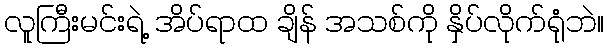
လူကြီးမင်းရဲ့ အိပ်ရာထ ချိန် အသစ်ကို နှိပ်လိုက်ရုံဘဲ။